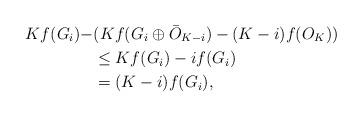
LaTeX: \begin{align*}Kf(G_i)-&(Kf(G_i\oplus \bar{O}_{K-i})-(K-i)f(O_K))\\&\leq Kf(G_i)- if(G_i)\\&=(K-i)f(G_i),\end{align*}